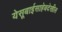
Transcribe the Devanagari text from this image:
येसूबाईसाहेबदेखील